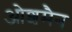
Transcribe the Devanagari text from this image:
ओशमैन